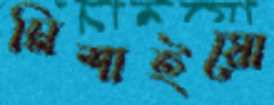
মিশাইয়ো